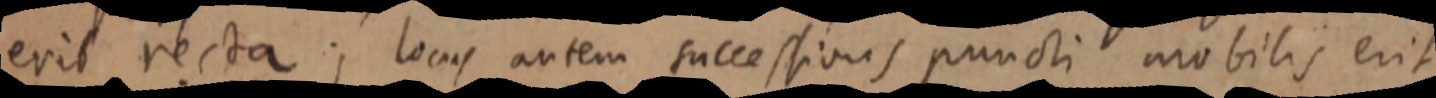
erit recta; locus autem successionis puncti mobilis erit